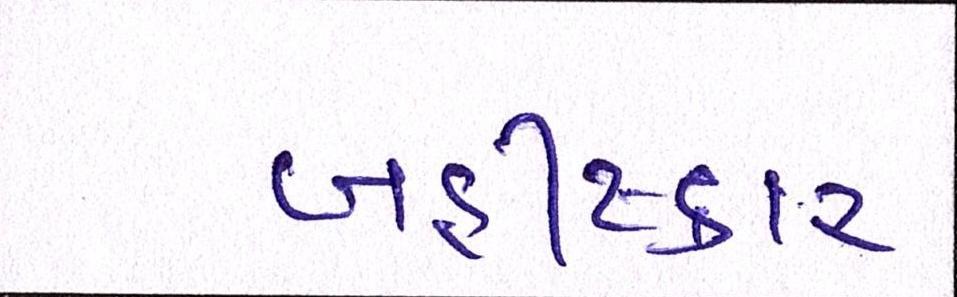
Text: બહીષ્કાર